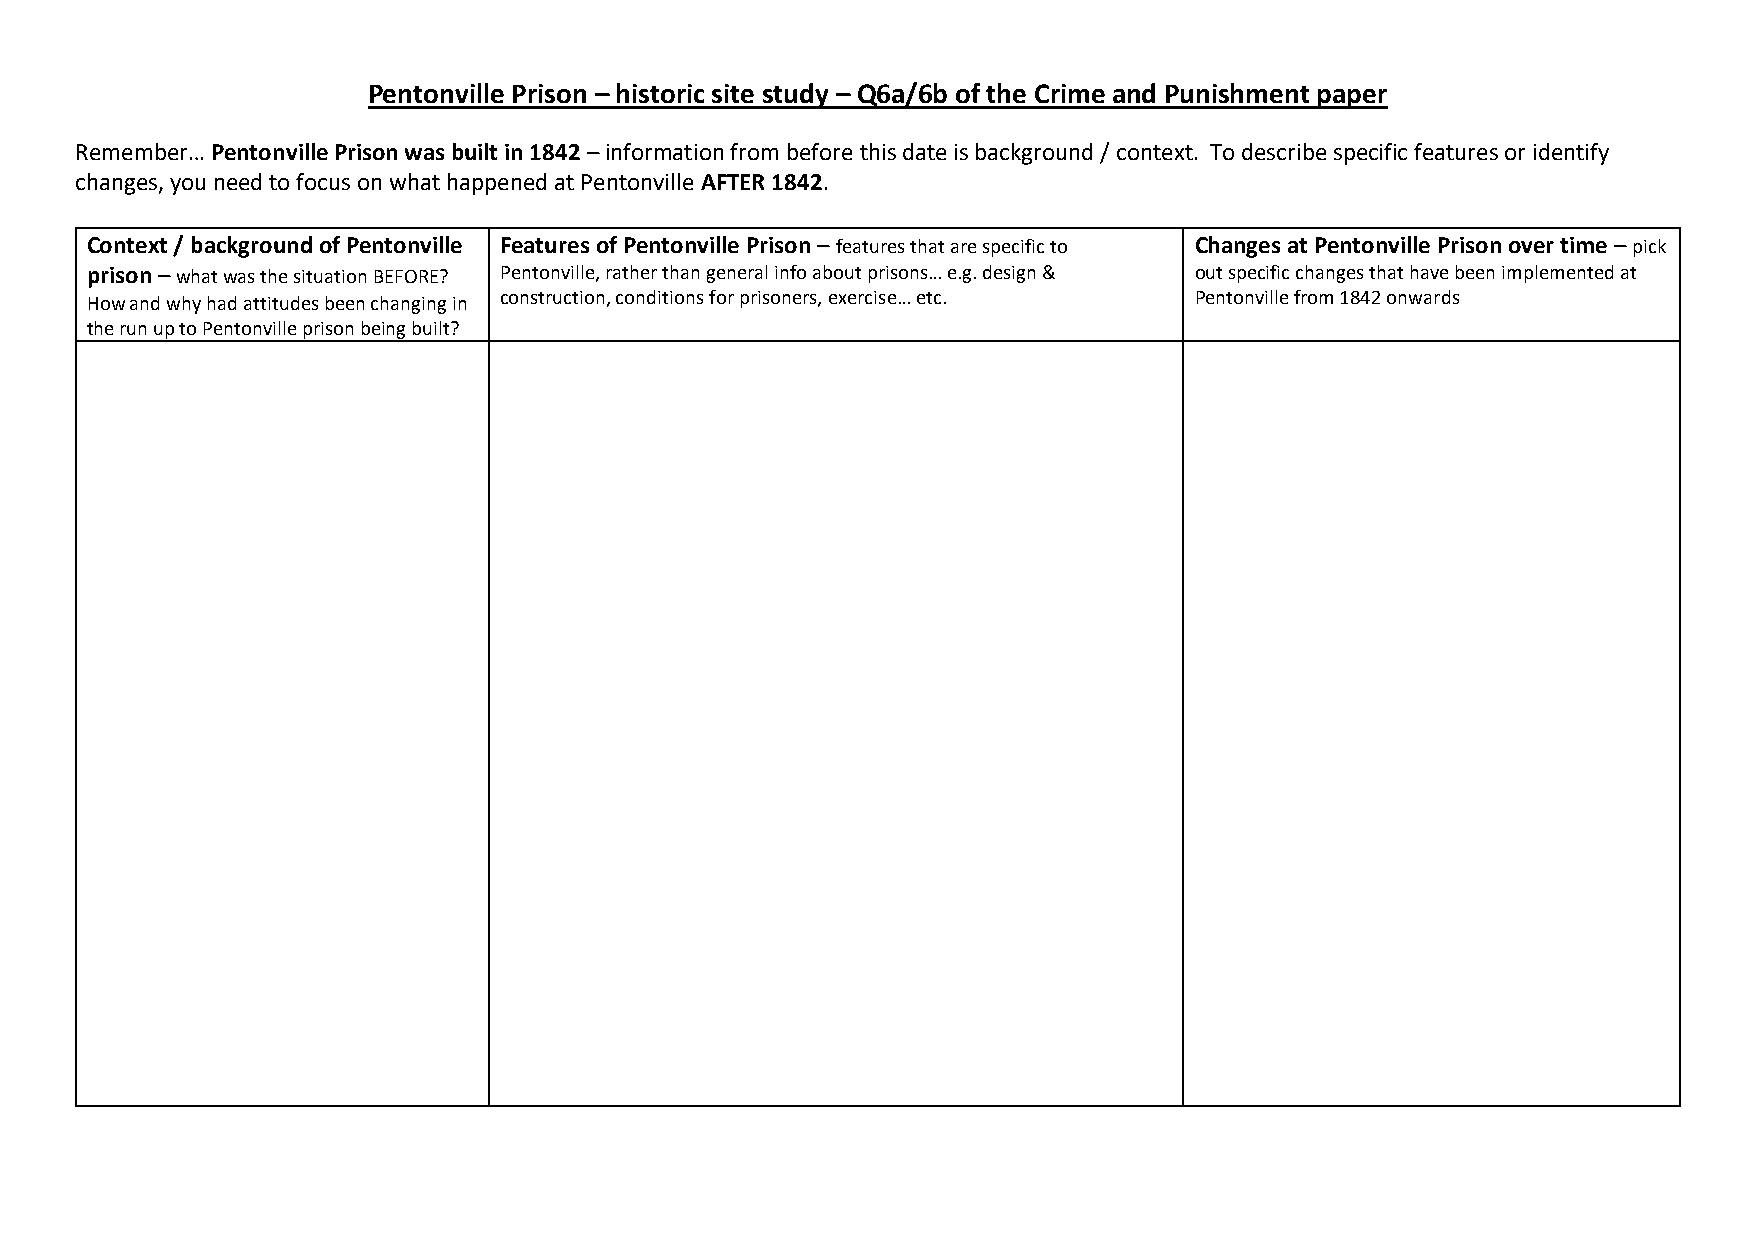
Pentonville Prison – historic site study – Q6a/6b of the Crime and Punishment paper
 Remember… Pentonville Prison was built in 1842 – information from before this date is background / context. To describe specific features or identify
 changes, you need to focus on what happened at Pentonville AFTER 1842.
 Context / background of Pentonville Features of Pentonville Prison – features that are specific to Changes at Pentonville Prison over time – pick
 prison – what was the situation BEFORE? Pentonville, rather than general info about prisons… e.g. design & out specific changes that have been implemented at
 How and why had attitudes been changing in construction, conditions for prisoners, exercise… etc. Pentonville from 1842 onwards
 the run up to Pentonville prison being built?